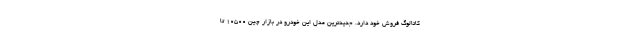
کاتالوگ فروش خود دارد. جدیدترین مدل این خودرو در بازار چین 10500 تا